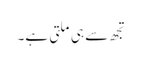
تجھ سے ہی ملتی ہے۔